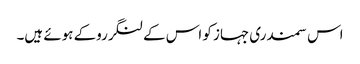
اس سمندری جہاز کو اس کےلنگرروکے ہوئے ہیں۔